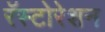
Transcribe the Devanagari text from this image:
रॅस्टोरेशन